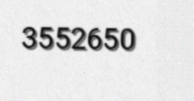
3552650